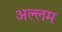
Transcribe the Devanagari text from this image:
अल्लम